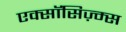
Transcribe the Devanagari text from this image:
एक्सॉसिज़्म्स